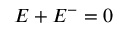
E + E ^ { - } = 0